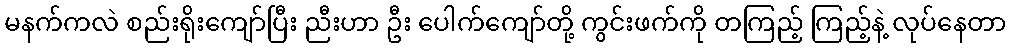
မနက်ကလဲ စည်းရိုးကျော်ပြီး ညီးဟာ ဦး ပေါက်ကျော်တို့ ကွင်းဖက်ကို တကြည့် ကြည့်နဲ့ လုပ်နေတာ